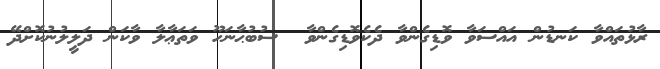
ރާޅުތައްވާ ކަނޑުން އައްސަވާ ވޮޑިގެންވާ ދެކެވޮޑިގެންވާ  ސުބުޙާނަހޫ ވަތަޢާލާ ވާކަން ދަލީލުނުކޮށްދޭ